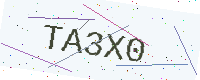
Text: TA3X0